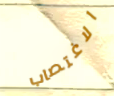
الاغتصاب